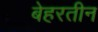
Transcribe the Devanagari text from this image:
बेहरतीन